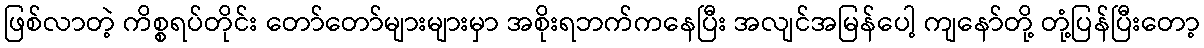
ဖြစ်လာတဲ့ ကိစ္စရပ်တိုင်း တော်တော်များများမှာ အစိုးရဘက်ကနေပြီး အလျင်အမြန်ပေါ့ ကျနော်တို့ တုံ့ပြန်ပြီးတော့